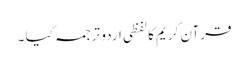
قرآن کریم کا لفظی اردو ترجمہ کیا ۔